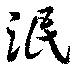
泯